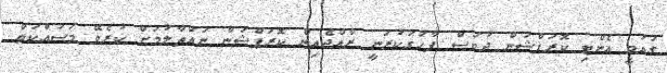
ގައުމީ އެންޓި ކޮރަޕްޝަން ދުވަސް ފާހަގަކުރަނީ ރާއްޖެއިން ކޮރަޕްޝަން ނައްތާލުމަށް ކުރެވޭ މަސައްކަތް